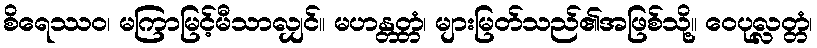
စိရေဿဝ၊ မကြာမြင့်မီသာလျှင်။ မဟန္တတ္တံ၊ များမြတ်သည်၏အဖြစ်သို့။ ဝေပုလ္လတ္တံ၊